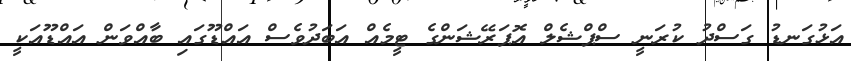
އަޅުގަނޑު ގަސްދު ކުރަނީ ސްޕްޝެލް އޮޕަރޭޝަންގެ ޓީމެއް އަބަދުވެސް އައްޑޫގައި ބާއްވަން އައްޑޫއަކީ